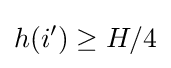
h(i')\geq H/4